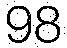
98